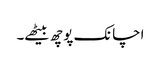
اچانک پوچھ بیٹھے۔